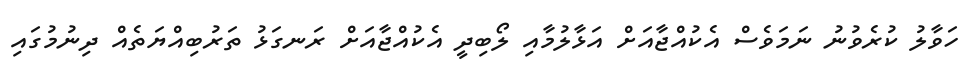
ހަވާލު ކުރެވުނު ނަމަވެސް އެކުއްޖާއަށް އަޅާލުމާއި ލޯބިދީ އެކުއްޖާއަށް ރަނގަޅު ތަރުބިއްޔަތެއް ދިނުމުގައި